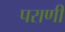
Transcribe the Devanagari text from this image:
पराणी